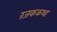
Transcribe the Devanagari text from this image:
रंजककथा